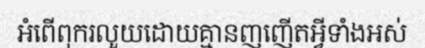
អំពើពុករលួយដោយគ្មានញញើតអ្វីទាំងអស់